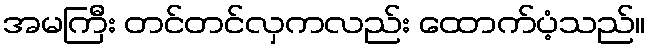
အမကြီး တင်တင်လှကလည်း ထောက်ပံ့သည်။